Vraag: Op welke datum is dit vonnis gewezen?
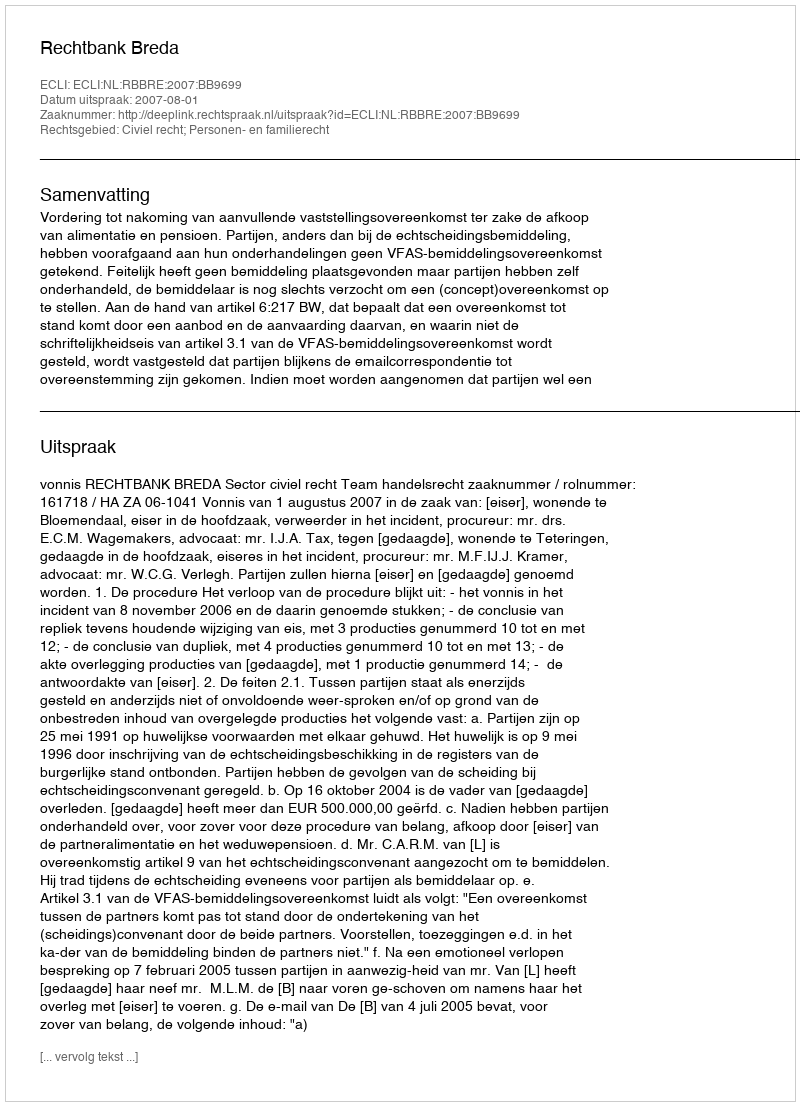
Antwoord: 2007-08-01